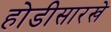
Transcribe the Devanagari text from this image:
होडीसारखे